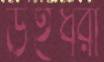
উইধরা